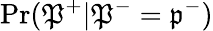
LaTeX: \operatorname*{Pr}(\mathfrak{P}^{+}|\mathfrak{P}^{-}=\mathfrak{p}^{-})